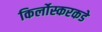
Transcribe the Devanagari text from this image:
किर्लोस्करकडे